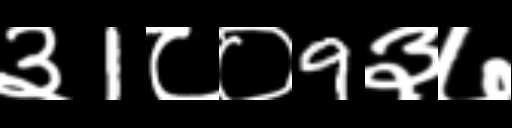
Text: ३1८०9३७